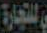
للتجارة